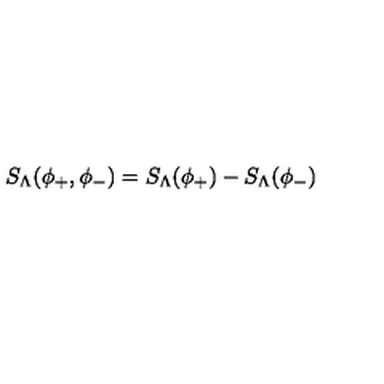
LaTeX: S _ { \Lambda } ( \phi _ { + } , \phi _ { - } ) = S _ { \Lambda } ( \phi _ { + } ) - S _ { \Lambda } ( \phi _ { - } )